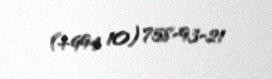
(+994 10) 758-93-21